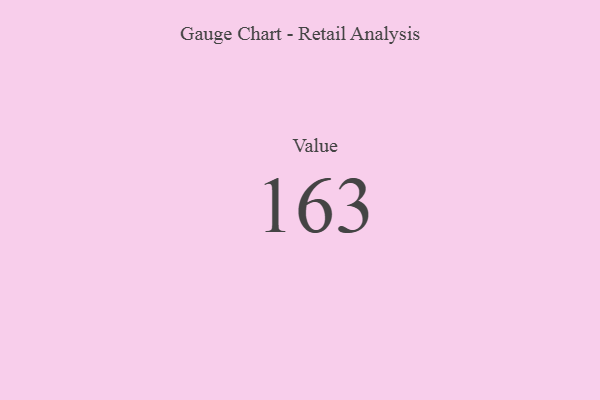
{"axis": {"x": "Metric", "y": "Value"}, "legend": [""], "data": [{"x": "Value", "y": 163, "type": ""}]}